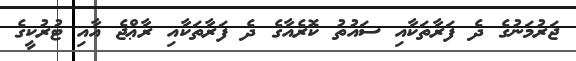
ޖަރުމަނުގެ ދެ ފަރާތަކާއި ސައުތު ކޮރެއާގެ ދެ ފަރާތަކާއި ރާޢްޖެ އާއި ޓުރުކީގެ